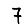
Digit: 7